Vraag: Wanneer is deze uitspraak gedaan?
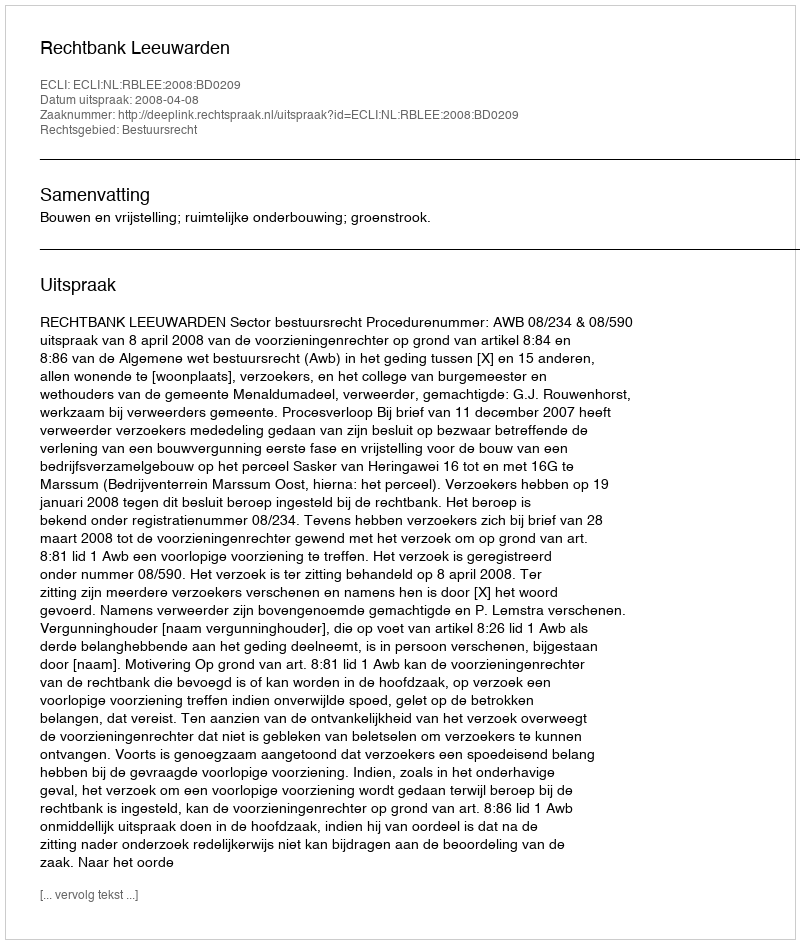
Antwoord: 2008-04-08